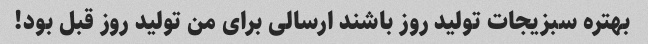
بهتره سبزیجات تولید روز باشند ارسالی برای من تولید روز قبل بود!